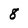
Character: 8